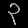
Digit: ၃